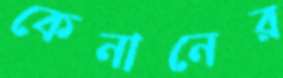
কেনানের